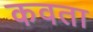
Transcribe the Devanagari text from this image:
कवता